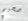
صحيح